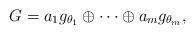
LaTeX: \begin{align*}G=a_{1}g_{\theta _{1}}\oplus \cdots\oplus a_{m}g_{\theta _{m}}, \end{align*}